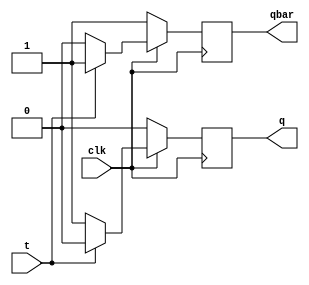
`timescale 1ns / 1ps
//////////////////////////////////////////////////////////////////////////////////
// Company: 
// Engineer: 
// 
// Design Name: 
// Module Name:    Tff 
// Project Name: 
// Target Devices: 
// Tool versions: 
// Description: 
//
// Dependencies: 
//
// Revision: 
// Revision 0.01 - File Created
// Additional Comments: 
//
//////////////////////////////////////////////////////////////////////////////////
module Tff(
   input t,clk,
	output reg q,qbar
    );
always@(posedge clk)
begin
q=1'b0; qbar=1'b1;



if(clk==1)
begin
if(t==0)
begin
q=1'b1; qbar=1'b0;
end
if(t==1)
begin
q=1'b0; qbar=1'b1;
end
end

if(clk==0)
begin
q=q; qbar=qbar;
end
end


endmodule